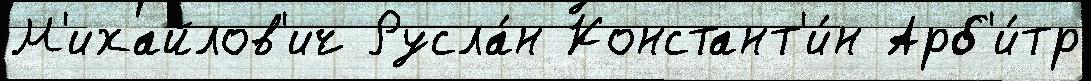
М'ихайлов'ич Русла́н Констант'и́н Арб'и́тр